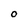
Character: 0